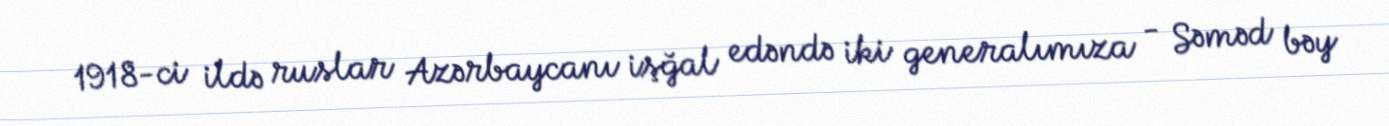
1918-ci ildə ruslar Azərbaycanı işğal edəndə iki generalımıza - Səməd bəy